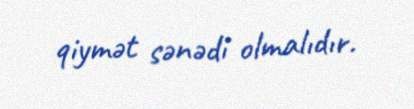
qiymət sənədi olmalıdır.